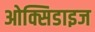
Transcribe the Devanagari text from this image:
ओक्सिडाइज